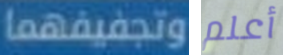
وتجفيفهما أعلم